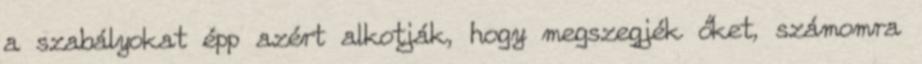
a szabályokat épp azért alkotják, hogy megszegjék őket, számomra